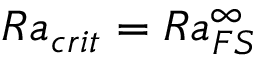
R a _ { c r i t } = R a _ { F S } ^ { \infty }